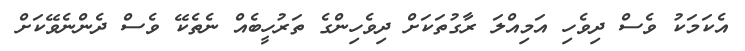
އެކަމަކު ވެސް ދިވެހި އަމިއްލަ ރާގުތަކަށް ދިވެހިންގެ ތަރުހީބެއް ނެތެކޭ ވެސް ދެންނެވޭކަށް